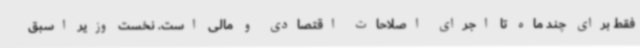
فقط برای چند ماه تا اجرای اصلاحات اقتصادی و مالی است. نخست وزیر اسبق